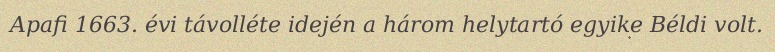
Apafi 1663. évi távolléte idején a három helytartó egyike Béldi volt.